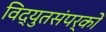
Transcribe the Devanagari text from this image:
विद्युतसंपर्कों